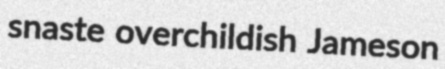
snaste overchildish Jameson